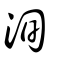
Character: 洵